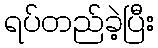
ရပ်တည်ခဲ့ပြီး